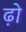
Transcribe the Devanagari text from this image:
ढ़ो